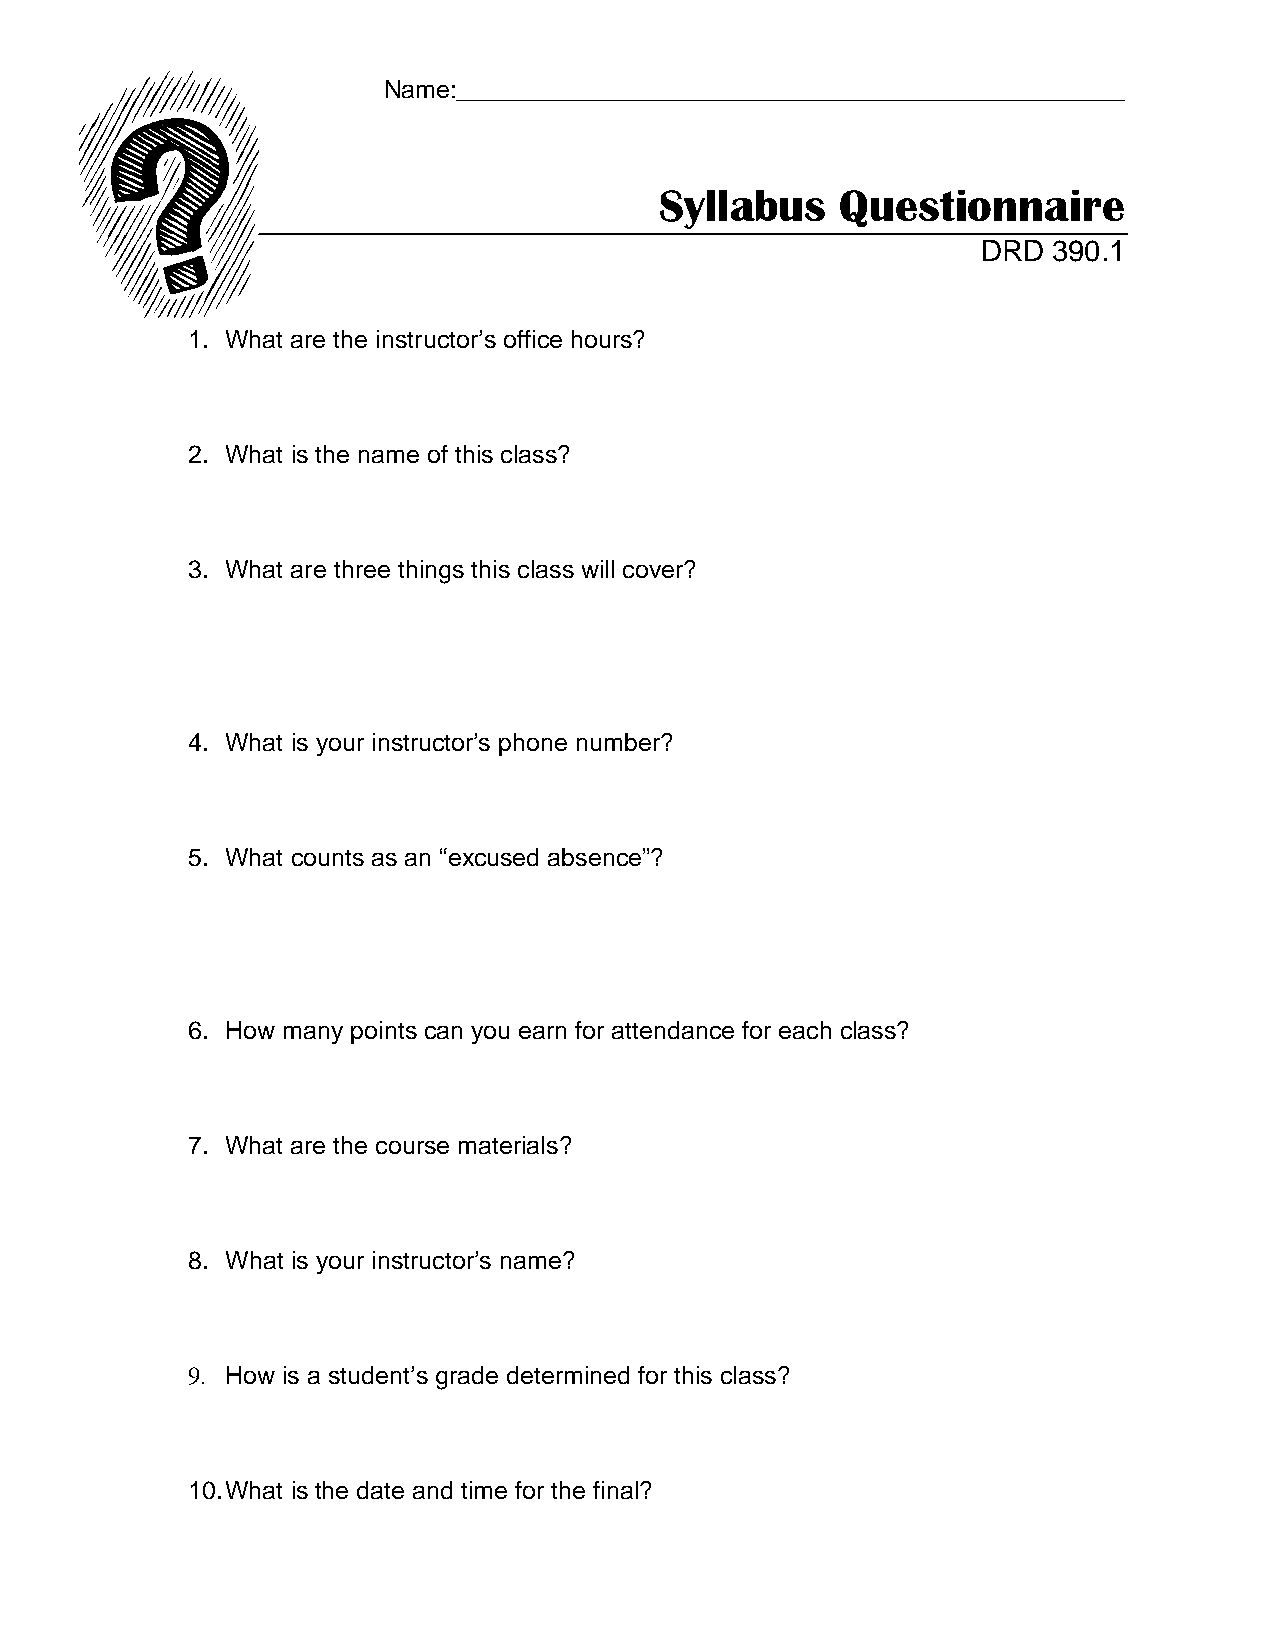
Name:________________________________________________
 Syllabus    Questionnaire
 DRD  390.1
 1. What are the instructor’s office hours?
 2. What is the name of this class?
 3. What are three things this class will cover?
 4. What is your instructor’s phone number?
 5. What counts as an “excused absence”?
 6. How many points can you earn for attendance for each class?
 7. What are the course materials?
 8. What is your instructor’s name?
 9. How is a student’s grade determined for this class?
 10. What is the date and time for the final?